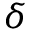
\delta